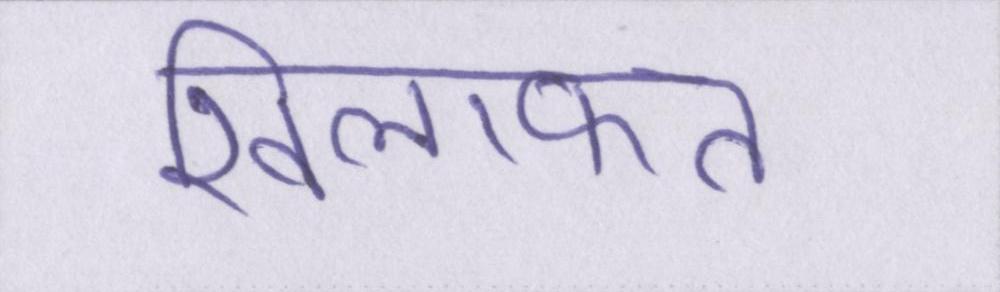
खिलाफत